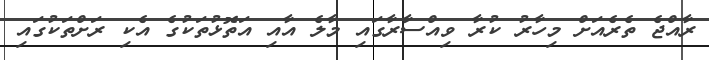
ރާއްޖެ ތެރެއަށް މިހާރު ކުރާ ވިއްސާރާގައި މާލެ އާއި އަތޮޅުތަކުގެ އެކި ރަށްތަކުގައި